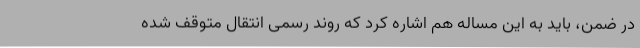
در ضمن، باید به این مساله هم اشاره کرد که روند رسمی انتقال متوقف شده